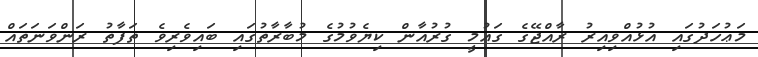
މަޢުހަދުގައި އުޅުއްވިއިރު ރާއްޖޭގެ ގައުމީ ގުރުއާން ކިޔެވުމުގެ މުބާރާތުގައި ބައިވެރިވެ ތަފާތު ރަންވަނަތައް